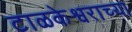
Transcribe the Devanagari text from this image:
टाळकेश्वराच्या